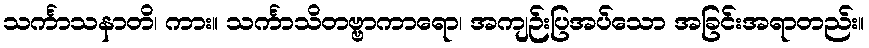
သင်္ကာသနာတိ၊ ကား။ သင်္ကာသိတဗ္ဗာကာရော၊ အကျဉ်းပြအပ်သော အခြင်းအရာတည်း။